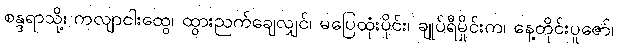
စန္ဒရာသို့၊ ကလျာငါးထွေ၊ ထွားညက်ချေလျှင်၊ မပြေထုံးပိုင်း၊ ချုပ်ရီမှိုင်းက၊ နေ့တိုင်းပူဇော်၊